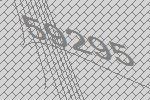
59295